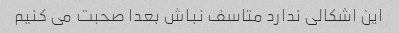
این اشکالی ندارد متاسف نباش بعدا صحبت می کنیم